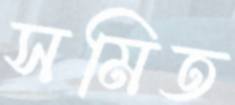
সমিত